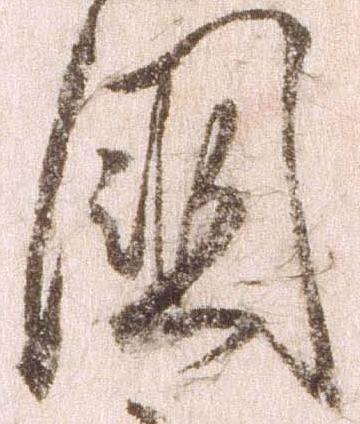
国